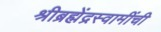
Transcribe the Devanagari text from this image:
श्रीब्रह्मेंद्रस्वामींची